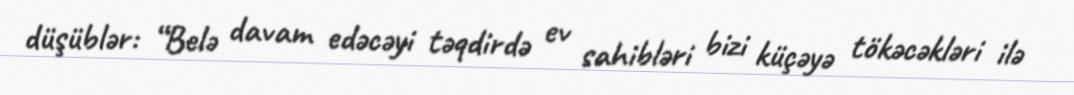
düşüblər: “Belə davam edəcəyi təqdirdə ev sahibləri bizi küçəyə tökəcəkləri ilə